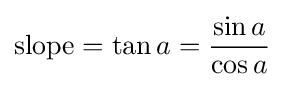
{\text{slope}}=\tan a={\frac {\sin a}{\cos a}}